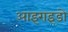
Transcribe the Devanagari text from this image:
आइराइडो